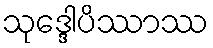
သုဒ္ဒေါပိဿာဿ